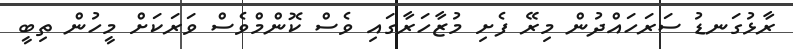
ރާޅުގަނޑު ސަރަހައްދުން މިރޭ ފެށި މުޒާހަރާގައި ވެސް ކޮންމްވެސް ވަރަކަށް މީހުން ތިބީ